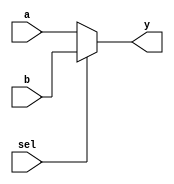
module mux2(	
	input wire [3:0] a, 
	input wire [3:0] b,
	input wire sel, 
	output reg [3:0] y
);

	always@(a,b,sel)begin
		if(sel==1)begin 
			y = b; 
		end 
		else begin 
			y = a; 
		end 
	end
endmodule